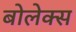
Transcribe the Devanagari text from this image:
बोलेक्स